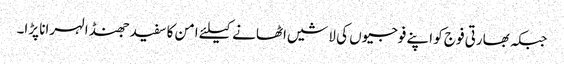
جبکہ بھارتی فوج کو اپنے فوجیوں کی لاشیں اٹھانے کیلئے امن کا سفید جھنڈا لہرانا پڑا۔